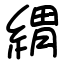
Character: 緭